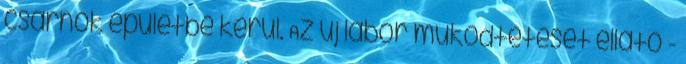
csarnok épületbe kerül. Az új labor működtetését ellátó -